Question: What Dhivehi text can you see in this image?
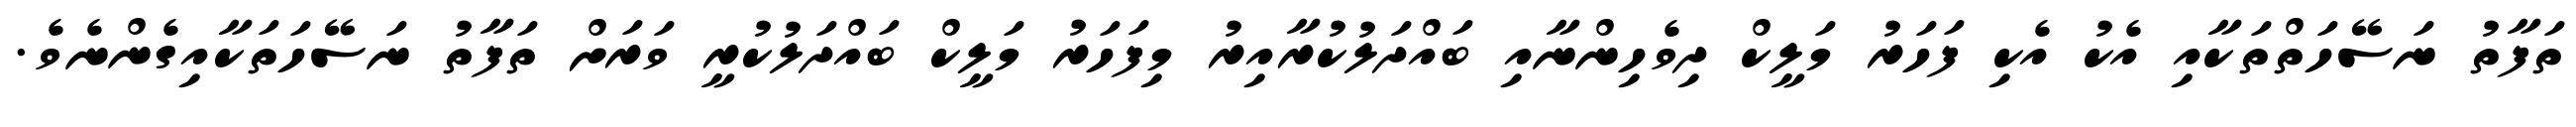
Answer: ތަފާތު ނަސޭހަތްތަކާއި އެކު އެކި ފަހަރު މަލީކް ދިވެހިންނާއި ބައްދަލުކުރާއިރު މިފަހަރު މަލީކް ބައްދަލުކުރީ ވަރަށް ތަފާތު ނަސޭހަތަކާއިގެންނެވެ.